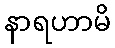
နာရဟာမိ